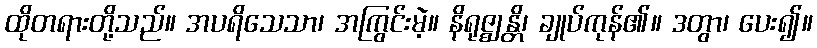
ထိုတရားတို့သည်။ အပရိသေသာ၊ အကြွင်းမဲ့။ နိရုဇ္ဈန္တိ၊ ချုပ်ကုန်၏။ ဒတွာ၊ ပေး၍။